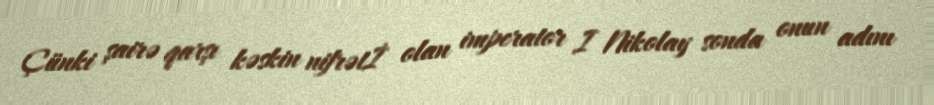
Çünki şairə qarşı kəskin nifrətİ olan imperator I Nikolay sonda onun adını